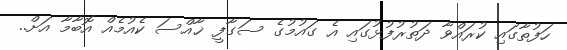
ހަފުތާގައި ކުރައްވާ ދަތުރުފުޅުގައި އެ ގައުމުގެ ސަގާފީ ޚާއްސަ ކެއުމެއް އޮބާމާ އަށް..